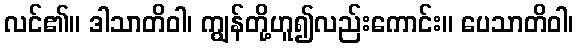
လင်၏။ ဒါသာတိဝါ၊ ကျွန်တို့ဟူ၍လည်းကောင်း။ ပေသာတိဝါ၊